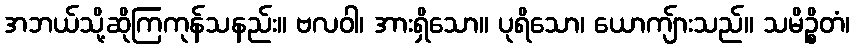
အဘယ်သို့ဆိုကြကုန်သနည်း။ ဗလဝါ၊ အားရှိသော။ ပုရိသော၊ ယောကျ်ားသည်။ သမိဉ္စိတံ၊